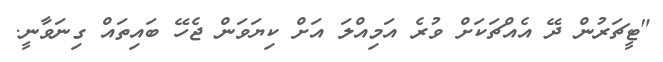
"ޓީޗަރުން ދޭ އެއްޗަކަށް ވުރެ އަމިއްލަ އަށް ކިޔަވަން ޖެހޭ ބައިތައް ގިނަވާނީ.